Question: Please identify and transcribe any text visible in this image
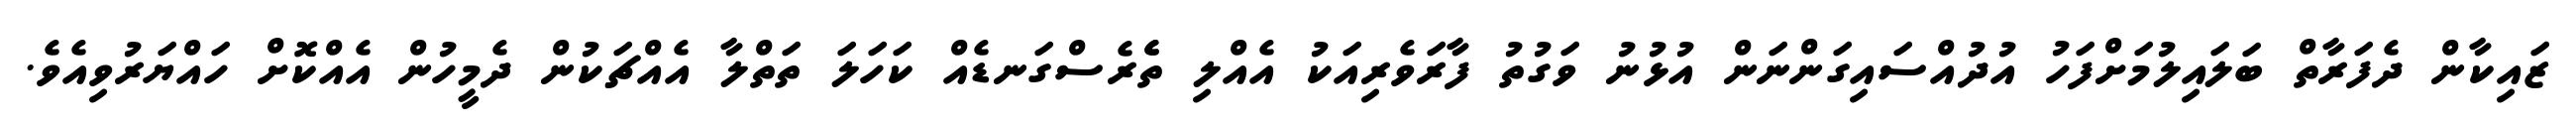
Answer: ޒައިކާން ދެފަރާތް ބަލައިލުމަށްފަހު އުދުއްސައިގަންނަން އުޅުނު ވަގުތު ފާރަވެރިއަކު އެއްލި ތެެރެސްގަނޑެއް ކަހަލަ ތަތްލާ އެއްޗަކުން ދެމީހުން އެއްކޮށް ހައްޔަރުވިއެވެ.